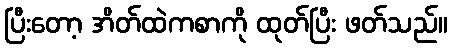
ပြီးတော့ အိတ်ထဲကစာကို ထုတ်ပြီး ဖတ်သည်။